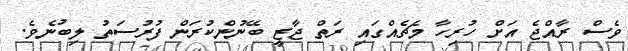
ވެސް ރާއްޖެ އަށް ހުރިހާ މެޗެއްގައި ރަތް ޖާޒީ ބޭނުންކުރަން ފުރުސަތު ލިބުނެވެ.